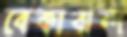
বেকাবান্দ